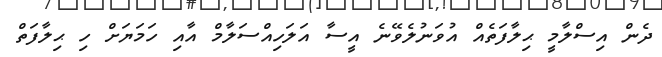
ދެން އިސްލާމީ ޙިލާފަތެއް އުވަނުލެވޭނެ އީސާ އަލަހިއްސަލާމް އާއި ހަމަޔަށް ހި ޙިލާފަތް